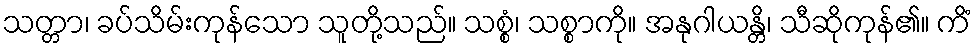
သတ္တာ၊ ခပ်သိမ်းကုန်သော သူတို့သည်။ သစ္စံ၊ သစ္စာကို။ အနုဂါယန္တိ၊ သီဆိုကုန်၏။ ကိံ